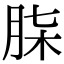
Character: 𮌒